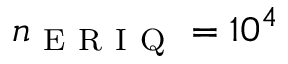
n _ { \mathrm { ~ E ~ R ~ I ~ Q ~ } } = 1 0 ^ { 4 }